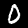
Label: 0